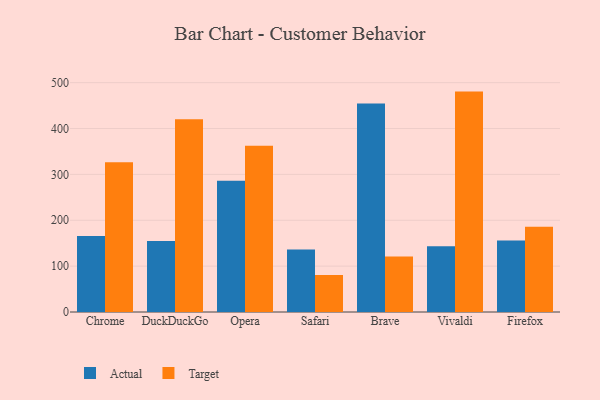
{"axis": {"x": "Browser", "y": "Churn Rate (%)"}, "legend": ["Actual", "Target"], "data": [{"x": "Chrome", "y": 165.5, "type": "Actual"}, {"x": "Chrome", "y": 326.7, "type": "Target"}, {"x": "DuckDuckGo", "y": 155.0, "type": "Actual"}, {"x": "DuckDuckGo", "y": 420.3, "type": "Target"}, {"x": "Opera", "y": 286.3, "type": "Actual"}, {"x": "Opera", "y": 362.4, "type": "Target"}, {"x": "Safari", "y": 136.3, "type": "Actual"}, {"x": "Safari", "y": 80.9, "type": "Target"}, {"x": "Brave", "y": 454.7, "type": "Actual"}, {"x": "Brave", "y": 121.1, "type": "Target"}, {"x": "Vivaldi", "y": 143.1, "type": "Actual"}, {"x": "Vivaldi", "y": 480.5, "type": "Target"}, {"x": "Firefox", "y": 155.8, "type": "Actual"}, {"x": "Firefox", "y": 186.1, "type": "Target"}]}